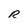
Character: R